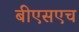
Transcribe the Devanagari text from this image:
बीएसएच